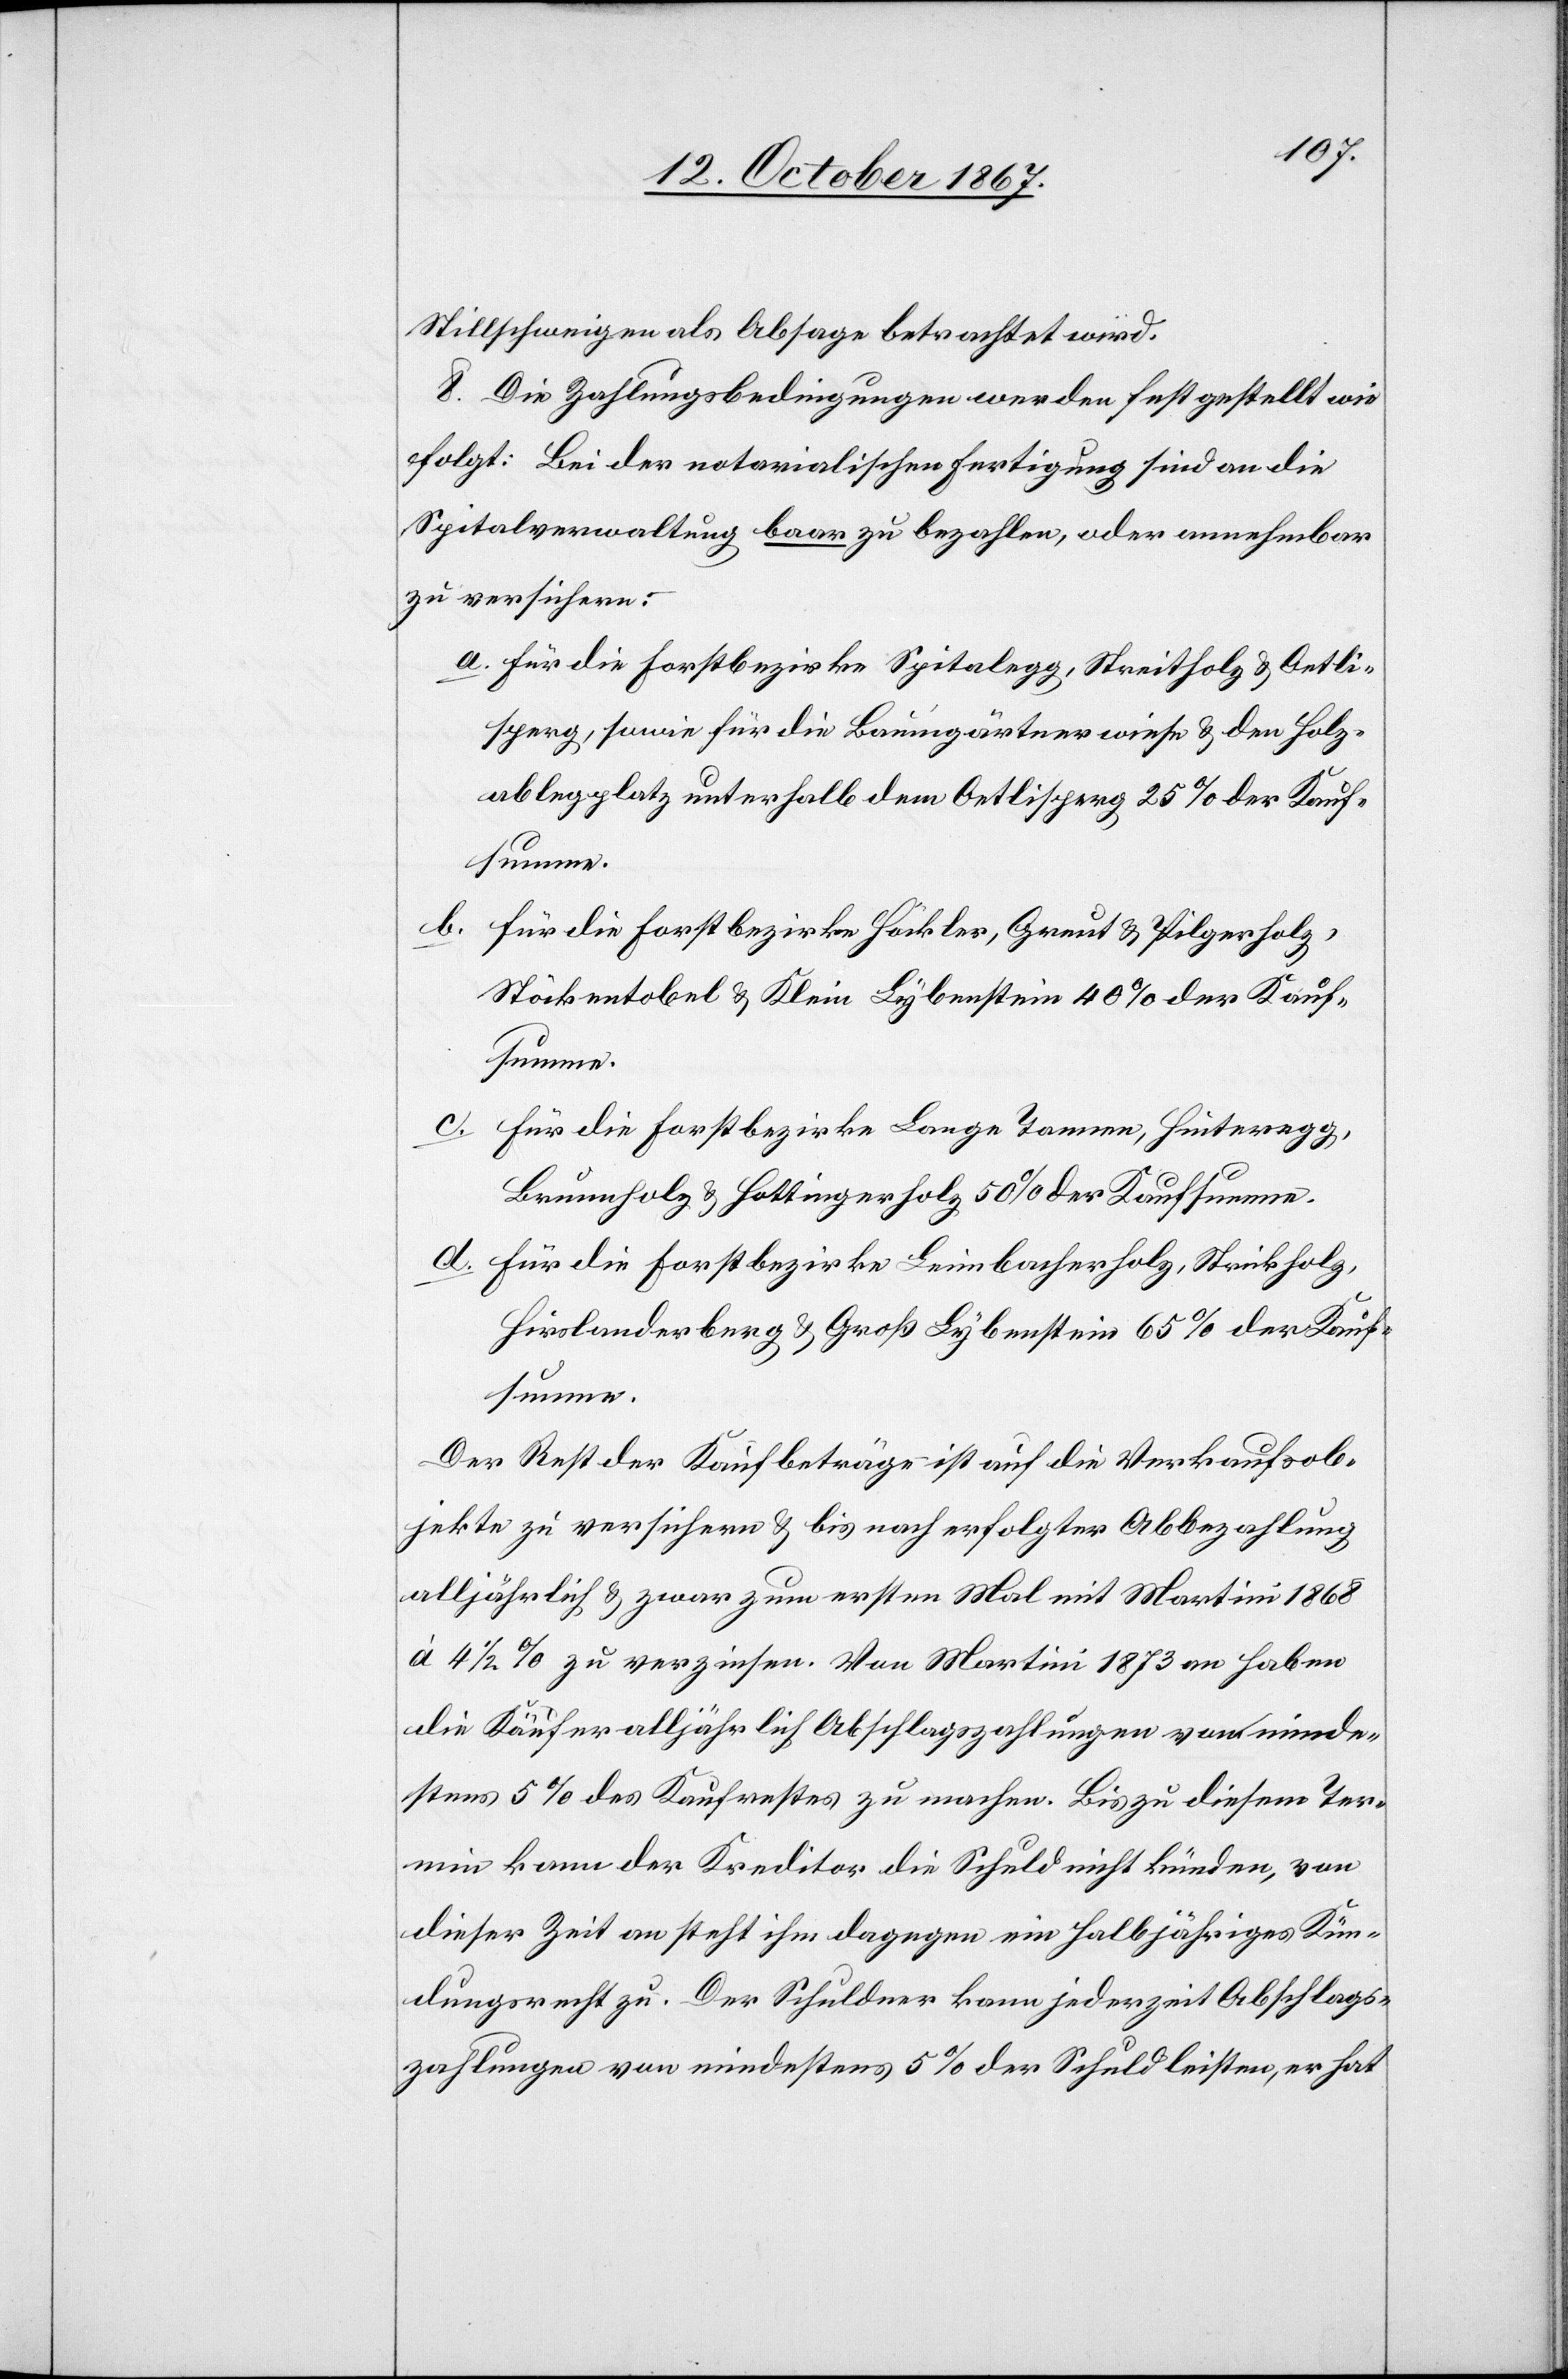
Stillschweigen als Absage betrachtet wird.
8. Die Zahlungsbedingungen werden festgestellt wie
folgt: Bei der notarialischen Fertigung sind an die
Spitalverwaltung baar zu bezahlen, oder annehmbar
zu versichern:
a. Für die Forstbezirke Spitalegg, Streitholz u. Oetli¬
sperg, sowie für die Baumgärtnerwiese u. den Holz¬
ablegplatz unterhalb dem Oetlisperg 25 % der Kauf¬
summe.
b. für die Forstbezirke Häckler, Greut u. Pilgerholz,
Stöckentobel u. Klein Lybenstein 40 % der Kauf¬
summe.
c. Für die Forstbezirke Lange Tannen, Hinteregg,
Brunnholz u. Hottingerholz 50 % der Kaufsumme.
d. Für die Forstbezirke Leimbacherholz, Strickholz,
Hirslanderberg u. Groß Lybenstein 65 % der Kauf¬
summe.
Der Rest der Kaufbeträge ist auf die Verkaufsob¬
jekte zu versichern u. bis nach erfolgter Abbezahlung
alljährlich u. zwar zum ersten Mal mit Martini 1868
à 4 ½ % zu verzinsen. Von Martini 1873 an haben
die Käufer alljährlich Abschlagszahlungen von minde¬
stens 5 % des Kaufrestes zu machen. Bis zu diesem Ter¬
min kann der Kreditor die Schuld nicht künden, von
dieser Zeit an steht ihm dagegen ein halbjährliches Kün¬
digungsrecht zu. Der Schuldner kann jederzeit Abschlags¬
zahlungen von mindestens 5 % der Schuld leisten, er hat